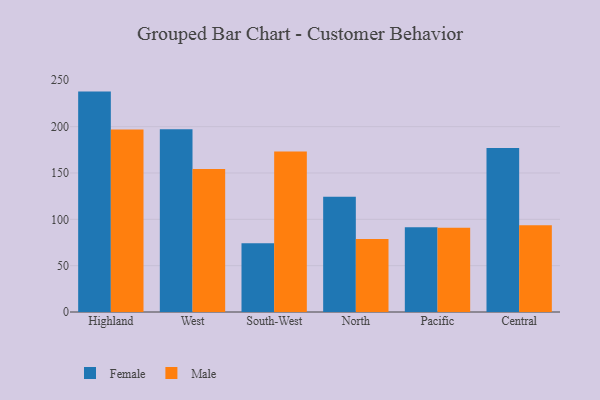
{"axis": {"x": "Region", "y": "Net Income (USD K)"}, "legend": ["Female", "Male"], "data": [{"x": "Highland", "y": 237.8, "type": "Female"}, {"x": "Highland", "y": 196.9, "type": "Male"}, {"x": "West", "y": 197.3, "type": "Female"}, {"x": "West", "y": 154.4, "type": "Male"}, {"x": "South-West", "y": 74.3, "type": "Female"}, {"x": "South-West", "y": 173.2, "type": "Male"}, {"x": "North", "y": 124.4, "type": "Female"}, {"x": "North", "y": 78.8, "type": "Male"}, {"x": "Pacific", "y": 91.4, "type": "Female"}, {"x": "Pacific", "y": 91.0, "type": "Male"}, {"x": "Central", "y": 177.0, "type": "Female"}, {"x": "Central", "y": 93.5, "type": "Male"}]}